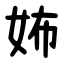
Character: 㚴